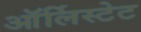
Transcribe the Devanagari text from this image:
ऑर्लिस्टेट